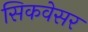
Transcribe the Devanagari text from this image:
सिकवेसर